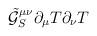
LaTeX: \begin{align*}\tilde{\mathcal{G}}_S^{\mu\nu}\partial_{\mu}T\partial_{\nu}T\end{align*}